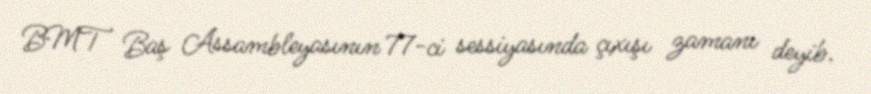
BMT Baş Assambleyasının 77-ci sessiyasında çıxışı zamanı deyib.